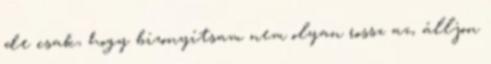
de csak, hogy bizonyítsam nem olyan rossz az, álljon